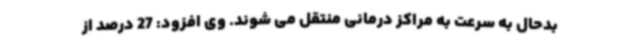
بدحال به سرعت به مراکز درمانی منتقل می شوند. وی افزود: 27 درصد از